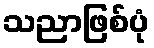
သညာဖြစ်ပုံ